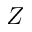
Z